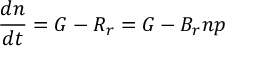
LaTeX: { \frac { d n } { d t } } = G - R _ { r } = G - B _ { r } n p